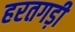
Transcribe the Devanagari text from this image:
हरतगड़ी